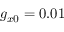
g _ { x 0 } = 0 . 0 1